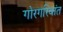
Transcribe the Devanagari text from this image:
गोरगरिबांत